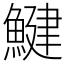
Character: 鰎